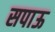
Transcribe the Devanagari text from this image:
सपाऊ